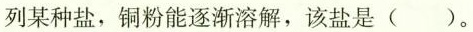
列某种盐，铜粉能逐渐溶解，该盐是()。